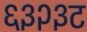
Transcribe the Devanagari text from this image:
६३२३ट